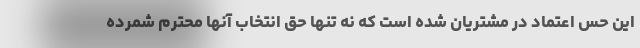
این حس اعتماد در مشتریان شده است که نه تنها حق انتخاب آنها محترم شمرده